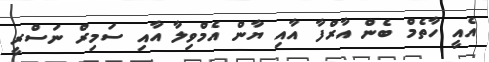
އެއީ ހާތެމް ބެން އާރްފާ އާއި ޔާން އެމްވިލާ އާއި ސަމިރް ނަސްރީ